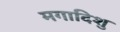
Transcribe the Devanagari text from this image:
मगादिशु